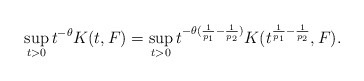
\begin{align*}\sup_{t>0}t^{-\theta}K(t,F)=\sup_{t>0}t^{-\theta(\frac1{p_1}-\frac1{p_2})}K(t^{\frac1{p_1}-\frac1{p_2}},F).\end{align*}